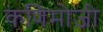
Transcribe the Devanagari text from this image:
कणिमोज़ी